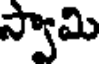
స్వామి